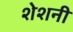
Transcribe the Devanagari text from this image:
शेशनी